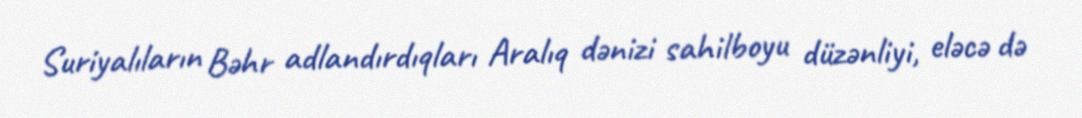
Suriyalıların Bəhr adlandırdıqları Aralıq dənizi sahilboyu düzənliyi, eləcə də